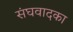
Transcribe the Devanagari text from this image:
संघवादका